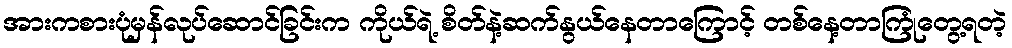
အားကစားပုံမှန်လုပ်ဆောင်ခြင်းက ကိုယ်ရဲ့ စိတ်နဲ့ဆက်နွယ်နေတာကြောင့် တစ်နေ့တာကြုံတွေ့ရတဲ့